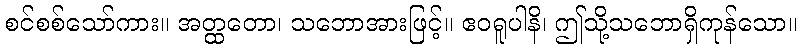
စင်စစ်သော်ကား။ အတ္ထတော၊ သဘောအားဖြင့်။ ဧဝရူပါနိ၊ ဤသို့သဘောရှိကုန်သော။